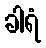
ခါရံ